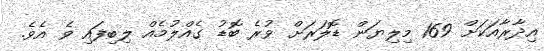
އިދާރާއަކަށް 169 މިލިޔަން ޑޮލަރަށް ވުރެ ބޮޑު ގެއްލުމެއް ލިބިފައި ވެ އެވެ.